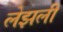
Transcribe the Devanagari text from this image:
लेझली